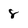
Character: 8